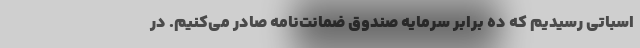
اسباتی رسیدیم که ده برابر سرمایه صندوق ضمانت‌نامه صادر می‌کنیم. در